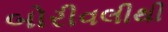
બોરીવલીથી